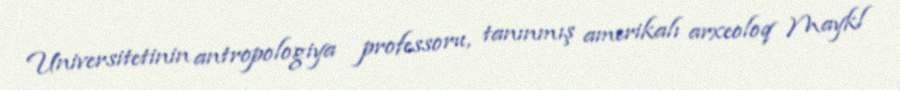
Universitetinin antropologiya professoru, tanınmış amerikalı arxeoloq Maykl